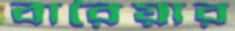
বারৈয়ার